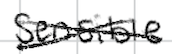
Text: sensible
Cross-out: cross
Writing tool: digital_black